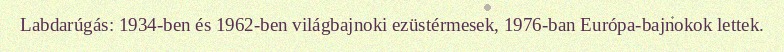
Labdarúgás: 1934-ben és 1962-ben világbajnoki ezüstérmesek, 1976-ban Európa-bajnokok lettek.